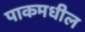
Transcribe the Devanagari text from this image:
पाकमधील